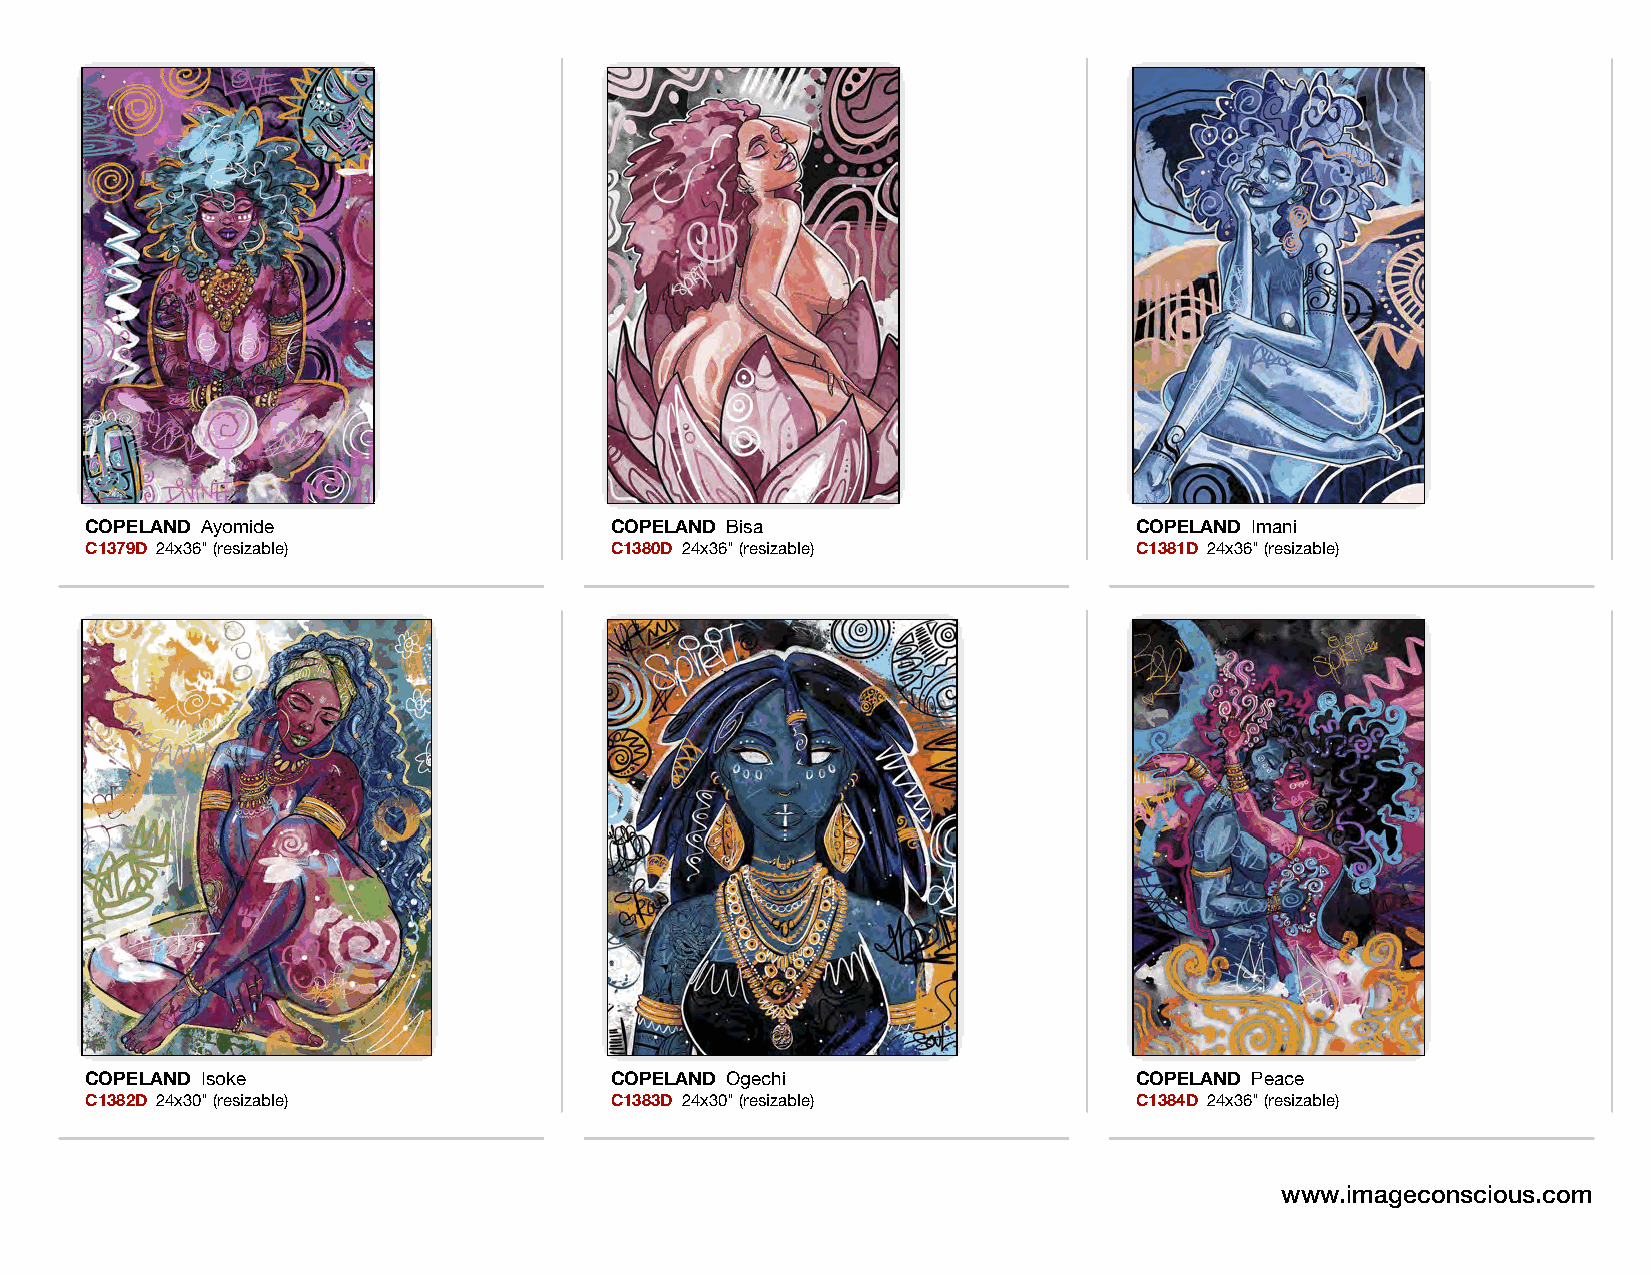
COPELAND Ayomide                  COPELAND Bisa                      COPELAND Imani
 C1379D 24x36" (resizable)         C1380D 24x36" (resizable)          C1381D 24x36" (resizable)
 COPELAND Isoke                    COPELAND Ogechi                    COPELAND Peace
 C1382D 24x30" (resizable)         C1383D 24x30" (resizable)          C1384D 24x36" (resizable)
 www.imageconscious.com